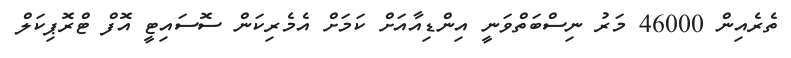
ތެރެއިން 46000 މަރު ނިސްބަތްވަނީ އިންޑިއާއަށް ކަމަށް އެމެރިކަން ސޮސައިޓީ އޮފް ޓްރޮޕިކަލް